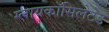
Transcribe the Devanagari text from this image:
ग्लायकॉसिलेटेड